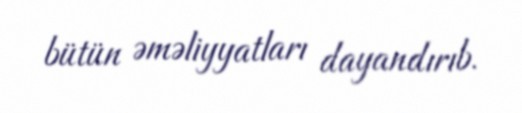
bütün əməliyyatları dayandırıb.